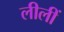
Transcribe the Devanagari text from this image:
लीलीं